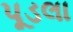
પૂડલા